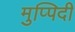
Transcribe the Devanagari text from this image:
मुप्पिदी